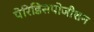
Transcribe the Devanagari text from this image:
पेरिडिसपोजीशन